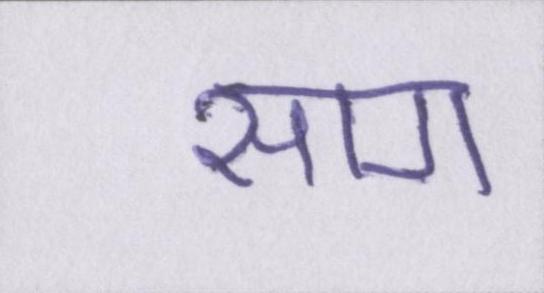
साग